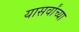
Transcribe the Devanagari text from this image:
यासर्वांच्या